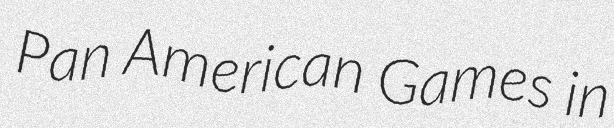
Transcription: Pan American Games in